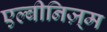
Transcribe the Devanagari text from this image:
एल्बीनिज़्म